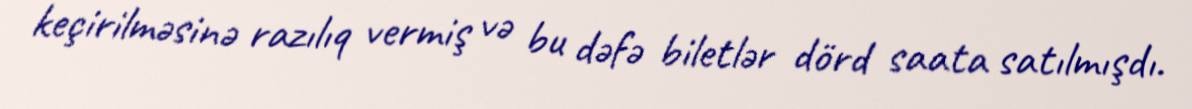
keçirilməsinə razılıq vermiş və bu dəfə biletlər dörd saata satılmışdı.